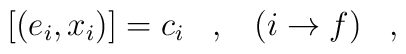
[(e_i,x_i)] = c_i \;\;\;, \;\;\; (i\rightarrow f) \;\;\;,